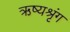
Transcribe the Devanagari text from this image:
ऋष्यश्रृंग